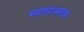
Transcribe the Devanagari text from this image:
थ्यासाआखः